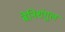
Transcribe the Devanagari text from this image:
बेनिशंगुल